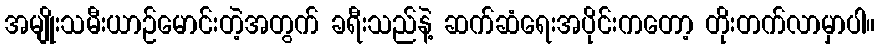
အမျိုးသမီးယာဉ်မောင်းတဲ့အတွက် ခရီးသည်နဲ့ ဆက်ဆံရေးအပိုင်းကတော့ တိုးတက်လာမှာပါ။